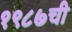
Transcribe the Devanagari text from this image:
१९८७ची